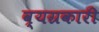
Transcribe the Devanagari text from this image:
व्यग्रकारी